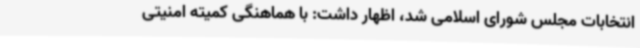
انتخابات مجلس شورای اسلامی شد، اظهار داشت: با هماهنگی کمیته امنیتی